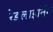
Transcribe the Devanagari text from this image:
रेडलाइनिंग